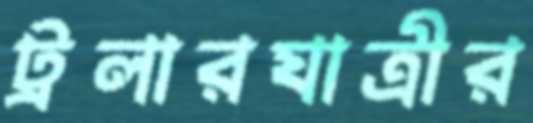
ট্রলারযাত্রীর